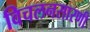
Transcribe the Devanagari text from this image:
विचलनसारणी